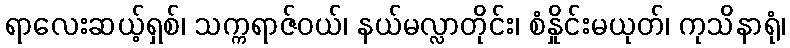
ရာလေးဆယ့်ရှစ်၊ သက္ကရာဇ်ဝယ်၊ နယ်မလ္လာတိုင်း၊ စံနှိုင်းမယုတ်၊ ကုသိနာရုံ၊